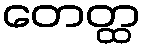
တေတ္ထ